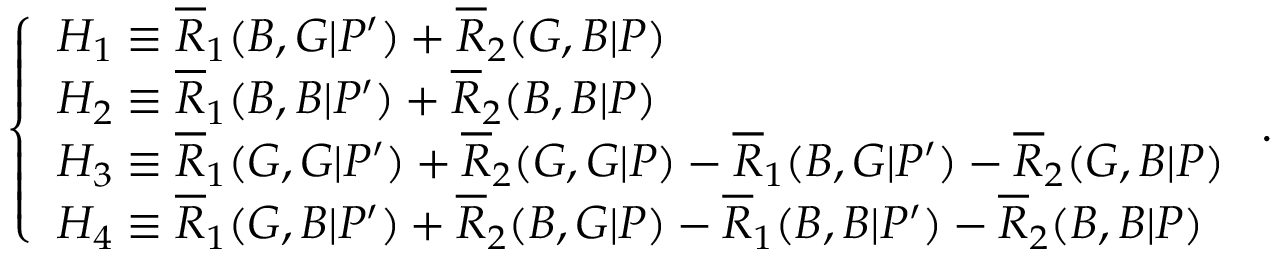
\left\{ \begin{array} { l l } { H _ { 1 } \equiv \overline { { R } } _ { 1 } ( B , G | P ^ { \prime } ) + \overline { { R } } _ { 2 } ( G , B | P ) } \\ { H _ { 2 } \equiv \overline { { R } } _ { 1 } ( B , B | P ^ { \prime } ) + \overline { { R } } _ { 2 } ( B , B | P ) } \\ { H _ { 3 } \equiv \overline { { R } } _ { 1 } ( G , G | P ^ { \prime } ) + \overline { { R } } _ { 2 } ( G , G | P ) - \overline { { R } } _ { 1 } ( B , G | P ^ { \prime } ) - \overline { { R } } _ { 2 } ( G , B | P ) } \\ { H _ { 4 } \equiv \overline { { R } } _ { 1 } ( G , B | P ^ { \prime } ) + \overline { { R } } _ { 2 } ( B , G | P ) - \overline { { R } } _ { 1 } ( B , B | P ^ { \prime } ) - \overline { { R } } _ { 2 } ( B , B | P ) } \end{array} \right. .